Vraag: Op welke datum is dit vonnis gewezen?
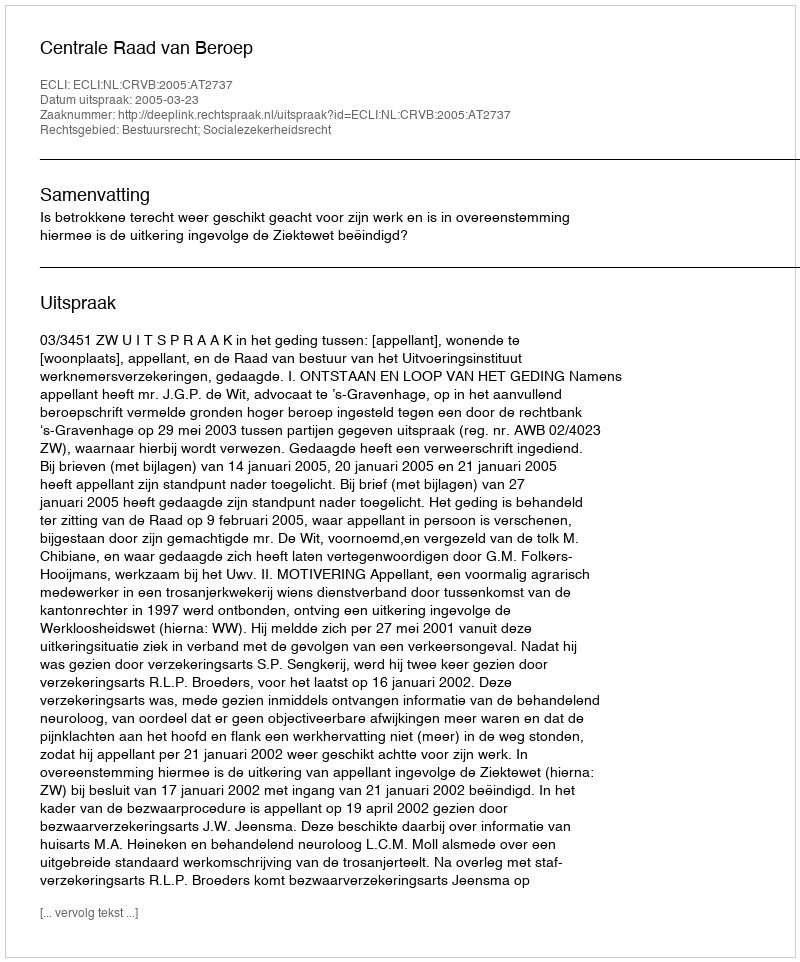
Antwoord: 2005-03-23